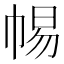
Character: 𢃡